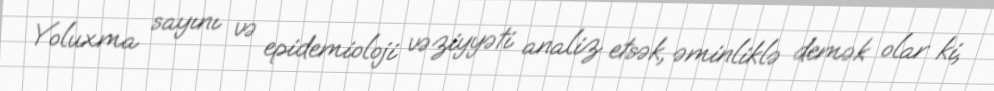
Yoluxma sayını və epidemioloji vəziyyəti analiz etsək, əminliklə demək olar ki,